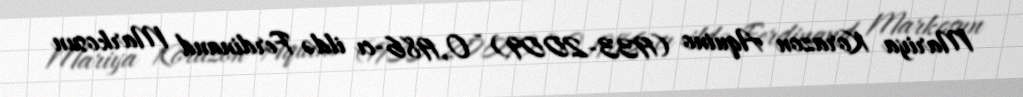
Mariya Korazon Aquino (1933-2009) - O, 1986-cı ildə Ferdinand Markosun